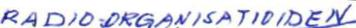
RADIO-ORGANISATIOIDEN